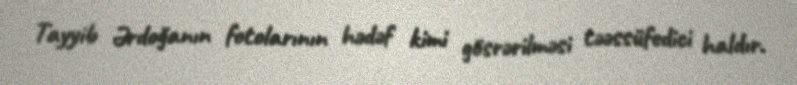
Tayyib Ərdoğanın fotolarının hədəf kimi gösrərilməsi təəssüfedici haldır.